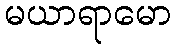
မယာရာမော